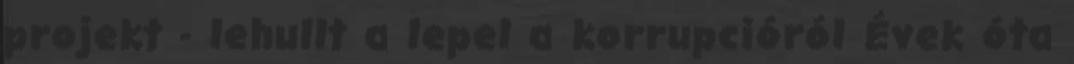
projekt - lehullt a lepel a korrupcióról Évek óta